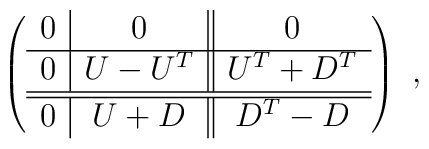
\left( \begin{array}{c|c||c} 0 & 0 & 0 \\ \hline 0 &  U - U^T & U^T + D^T \\ \hline\hline 0 & U + D & D^T - D \end{array} \right)~,